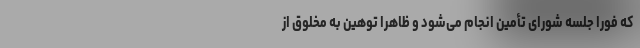
که فوراً جلسه شورای تأمین انجام می‌شود و ظاهراً توهین به مخلوق از